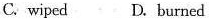
C.wiped D.burned